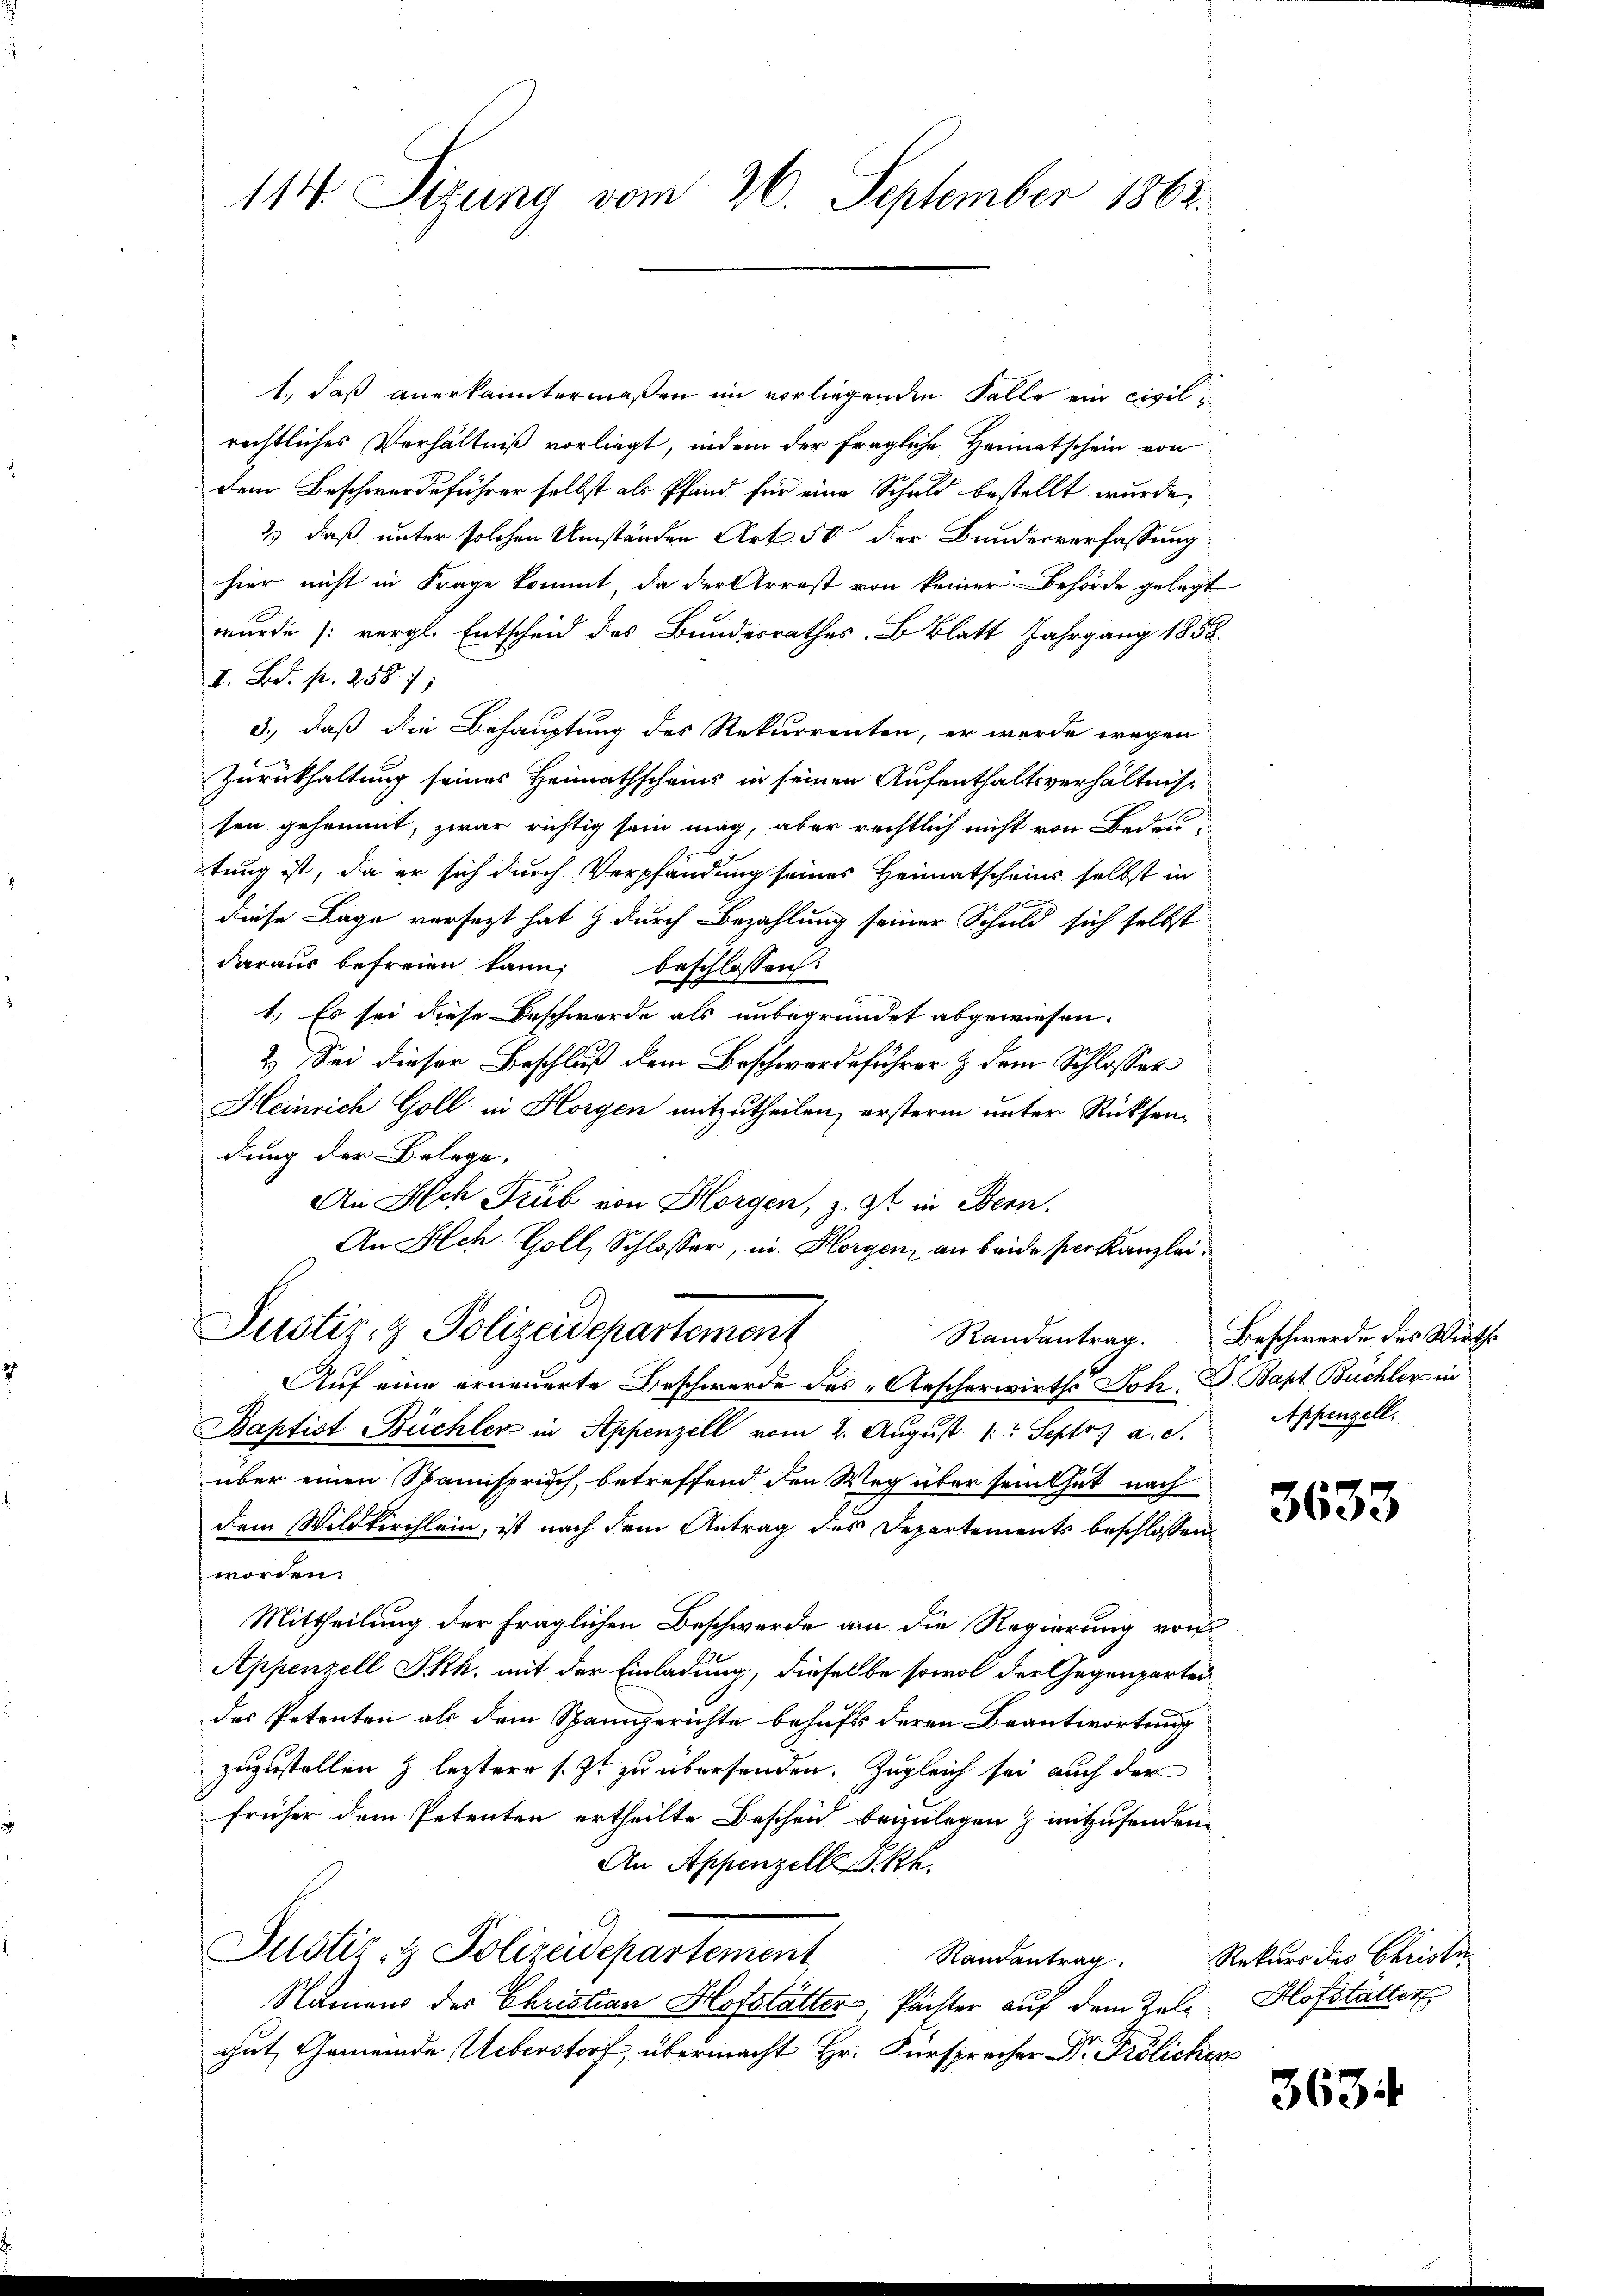
114 Sizung vom 26. September 1863.

1., daß anerkanntermaßen im vorliegenden Falle ein civilrechtliches Verhältniß vorliegt, indem der fragliche Heimatschein von
dem Beschwerdeführer selbst als Pfand für eine Schuld bestellt wurde,
2) daß unter solchen Umständen Art. 50 der Bundesverfassung
hier nicht in Frage kommt, da der Arrest von keiner Behörde gelegt
wurde (vergl. Entscheid des Bundesrathes. B. Blatt Jahrgang 1858.
I. Bd. pr. 258. 7
3.) daß die Behauptung des Rekurrenten, er werde wegen
Zurückhaltung seines Heimathscheins in seinen Aufenthaltsverhältniss
sen gesammt, zwar richtig sein mag, aber rechtlich nicht von Bedeu-
tung ist, da er sich durch Verpfändung seines Heimatscheins selbst in
diese Lage versezt hat & durch Bezahlung seiner Schuld sich selbst
daraus befreien kann; beschlossen:
1.) Es sei diese Beschwerde als unbegründet abgewiesen.
2.) Sei dieser Beschluß dem Beschwerdeführer & dem Schlosser
Heinrich Goll in Horgen mitzutheilen, ersterm unter Rücksendung der Belege.
An Ach Trüb von Horgen, z. Zt. in Bern.
An Hch. Goll, Schlosser, in Horgen, an beide ser Kanzlei¬
Justiz- & Polizeidepartement
Auf eine erneuerte Beschwerde des „Anscherwirth Joh. D. Bapt. Büchler in
Baptist Büchler in Appenzell vom 2. August 12 Septr. a. c. Appenzell.
über einen Spannsprich, betreffend, den Weg über sein Gut nach
dem Wildkirchlein, ist nach dem Antrag des Departements beschlossen
worden.
Mittheilung der fraglichen Beschwerde am die Regierung von
Appenzell Skh. mit der Einladung, dieselbe sowol der Gegenpartei
des Petenten als dem Spangerichte behufs deren Beantwortung
zuzustellen & leztere s. Zt zu übersenden. Zugleich sei auch der
früher dem Petenten ertheilte Bescheid beizulegen & imitzusenden.
An Appenzelle Skk.
Justiz- & Polizeidepartement Randantrag. Rekurs des Christi¬
Namens der Christian Hofstätter, Pächter auf dem Zele Hofstatter
gut, Gemeinde Ueberstorf, übermacht Hr. Fürsprecher Dr. Frölichens

Randantrag. Beschwerde des Wirth

3633

363.